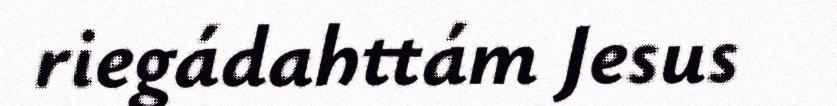
riegádahttám Jesus